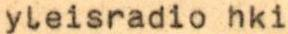
yleisradio hki